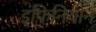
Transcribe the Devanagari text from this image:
इंफिनियोन